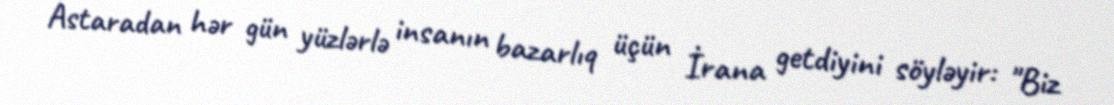
Astaradan hər gün yüzlərlə insanın bazarlıq üçün İrana getdiyini söyləyir: "Biz